38_143685_box7_Incident_Summaries_1-100
Agency: Department of War
Page 204
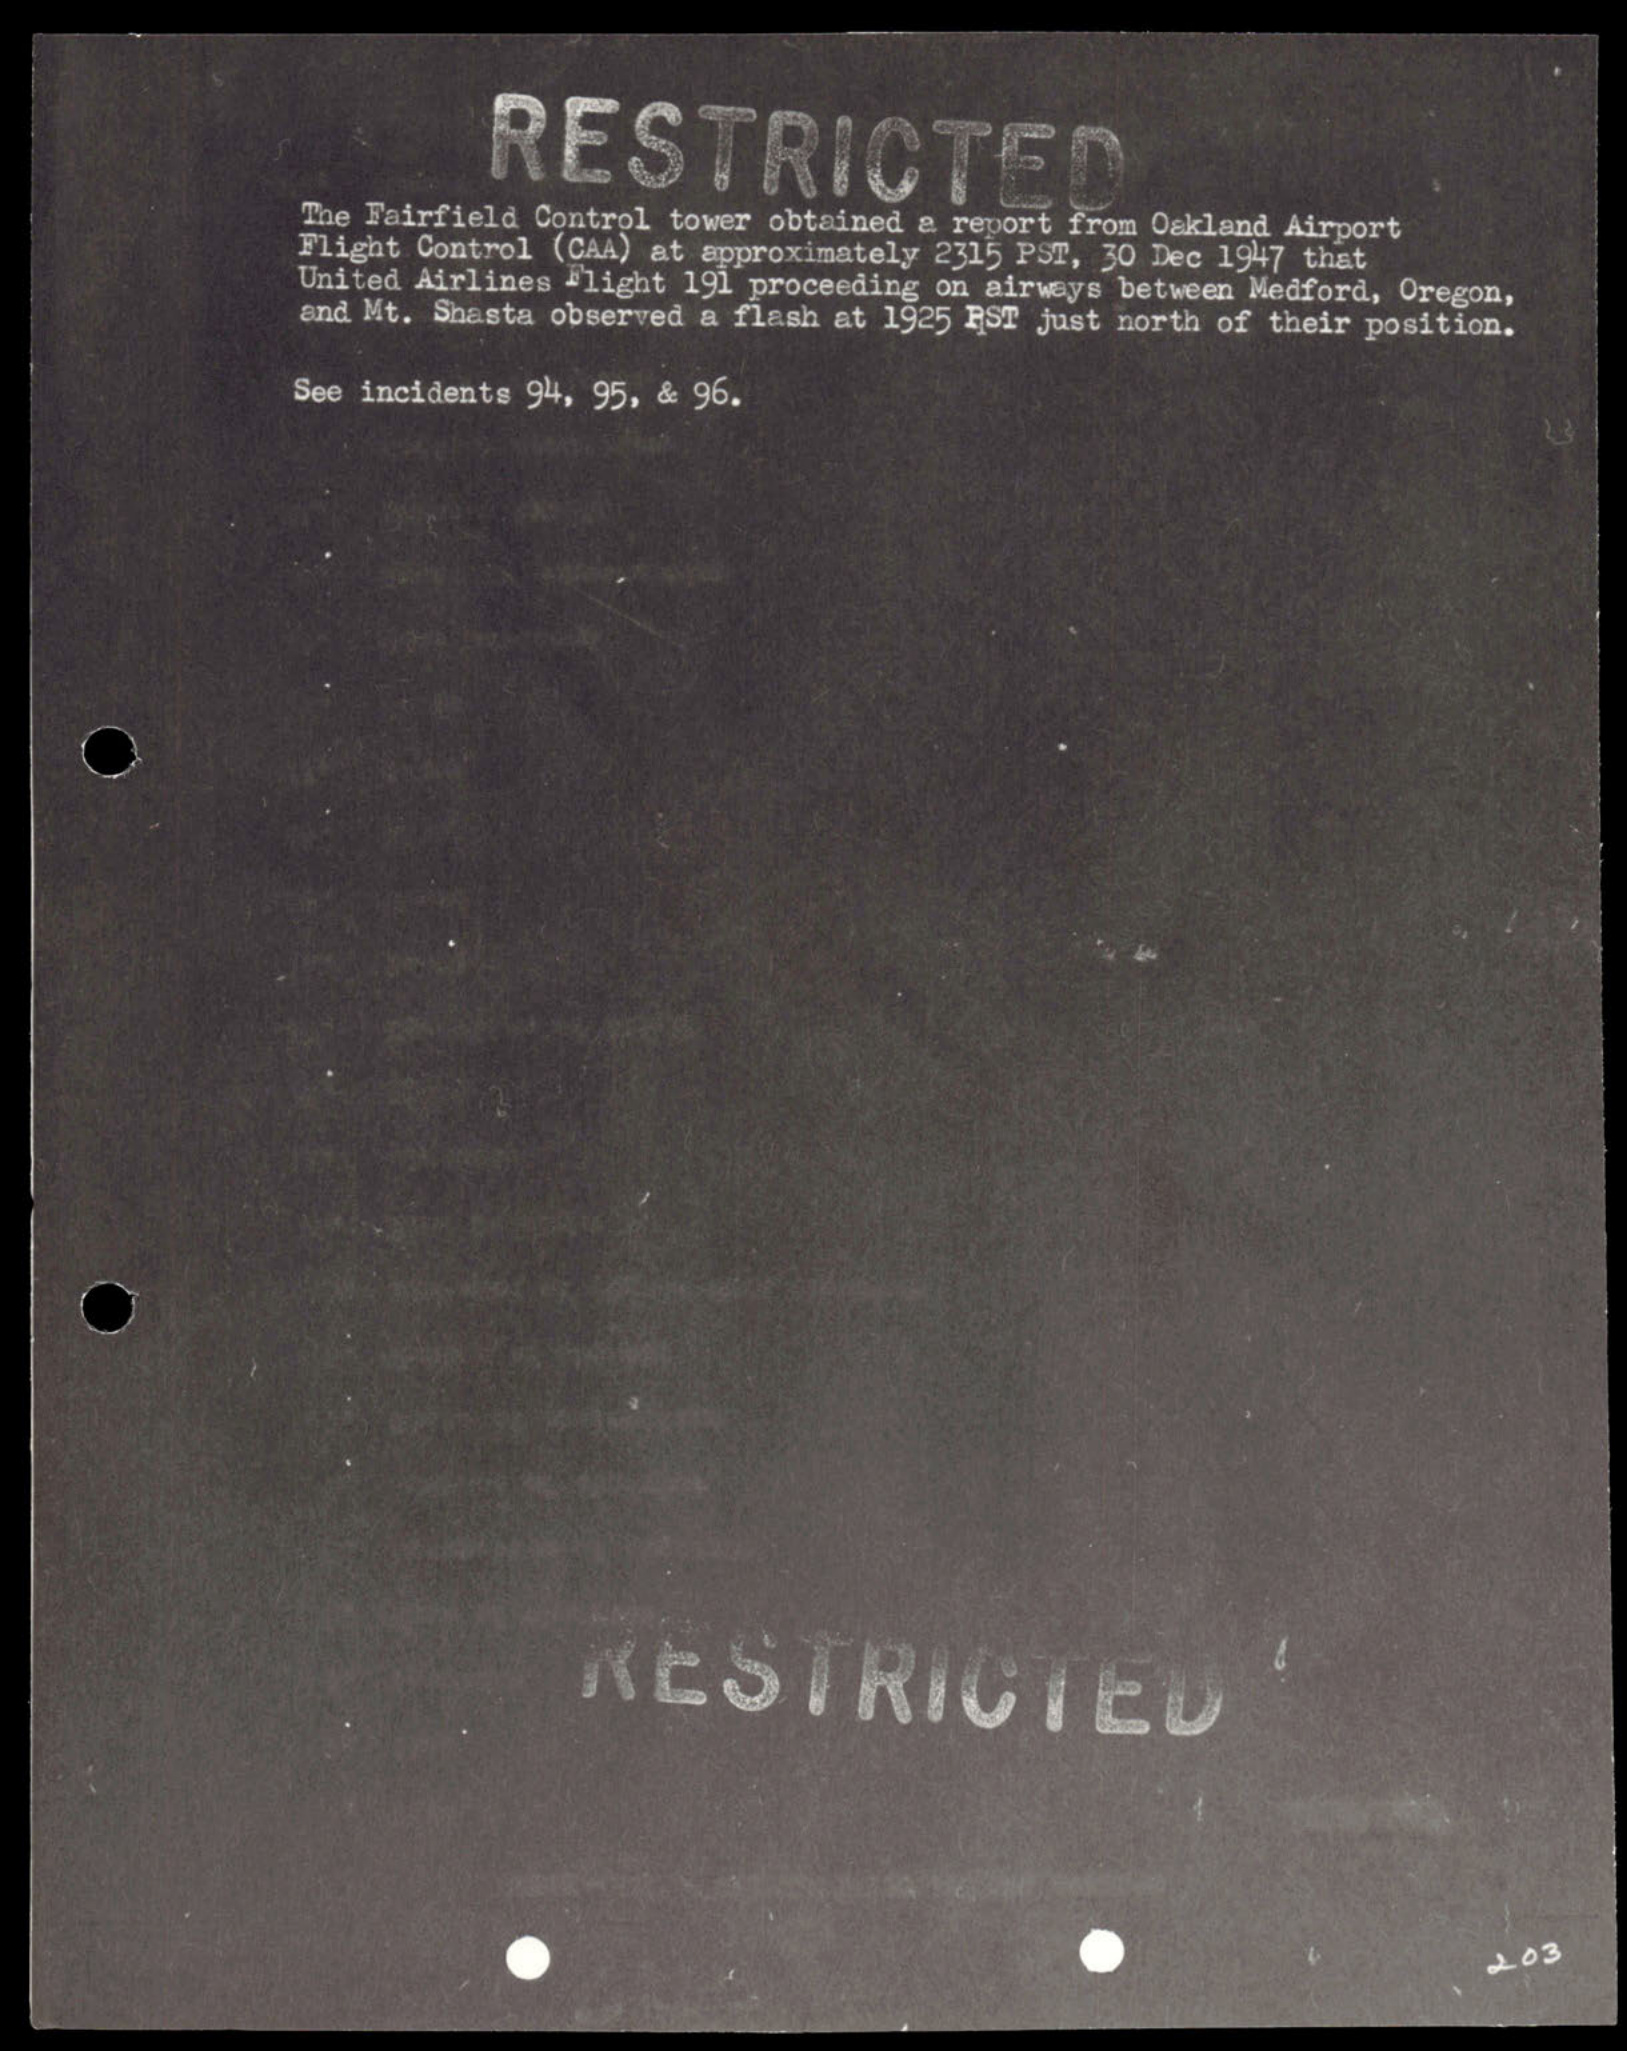